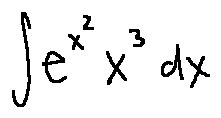
\int e ^ { x ^ { 2 } } x ^ { 3 } d x